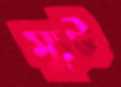
স্যুট